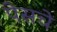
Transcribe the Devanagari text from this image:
पेसचे